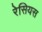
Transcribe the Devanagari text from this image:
रेसियस